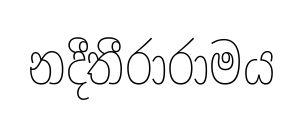
නදීතීරාරාමය